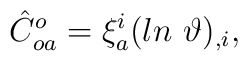
\hat C_{oa}^o=\xi^i_a (ln ~{\vartheta})_{,i},